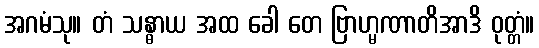
အဂမံသု။ တံ သန္ဓာယ အထ ခေါ တေ ဗြာဟ္မဏာတိအာဒိ ဝုတ္တံ။